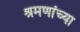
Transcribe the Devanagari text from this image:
श्रमणांच्या